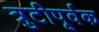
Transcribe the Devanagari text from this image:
त्रुटीपूर्वक